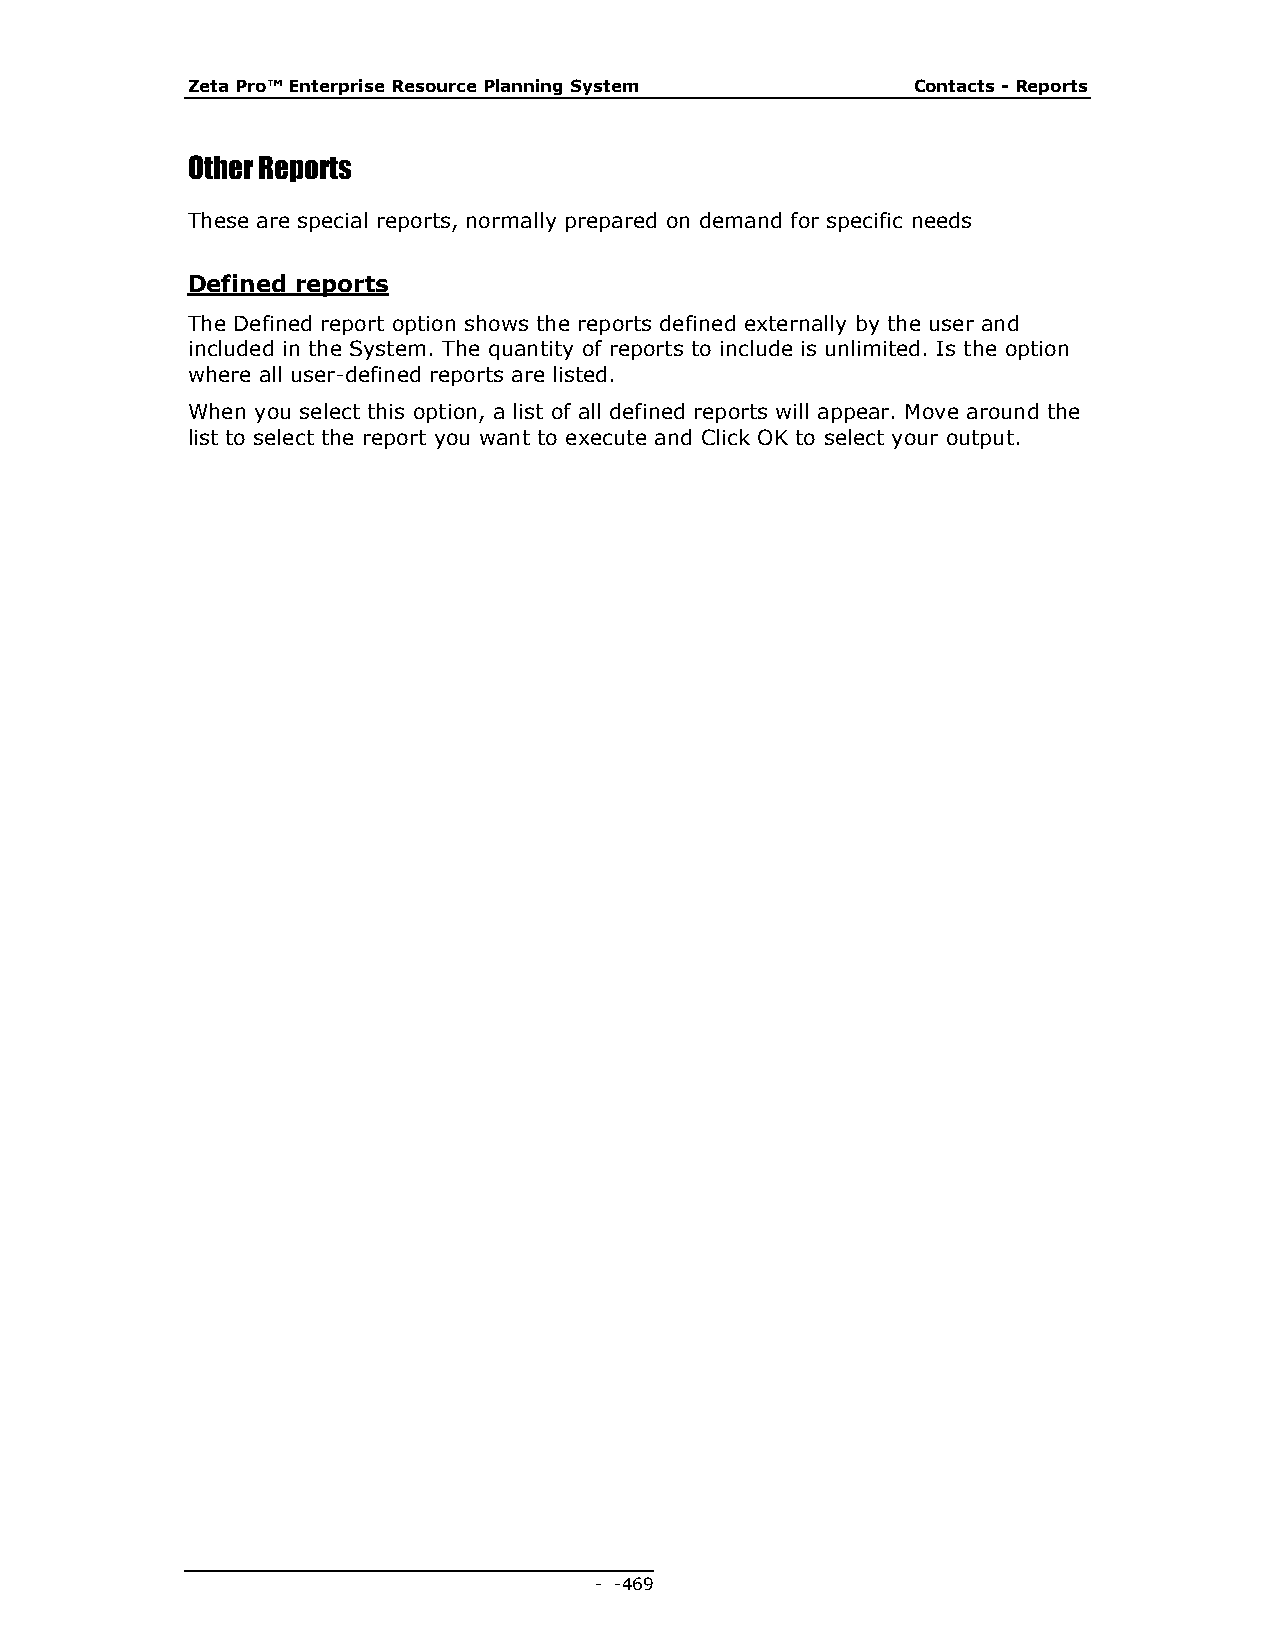
Zeta Pro™ Enterprise Resource Planning System    Contacts - Reports
 Other Reports
 These are special reports, normally prepared on demand for specific needs
 Defined reports
 The Defined report option shows the reports defined externally by the user and
 included in the System. The quantity of reports to include is unlimited. Is the option
 where all user-defined reports are listed.
 When you select this option, a list of all defined reports will appear. Move around the
 list to select the report you want to execute and Click OK to select your output.
 - - 469